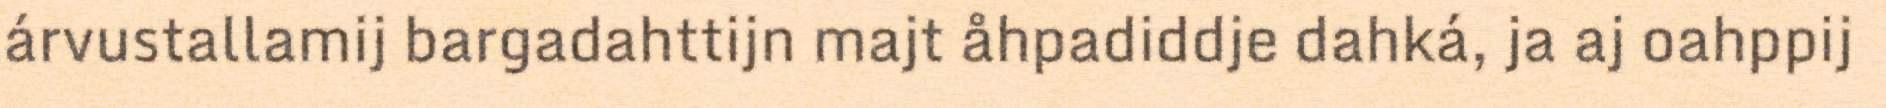
árvustallamij bargadahttijn majt åhpadiddje dahká, ja aj oahppij